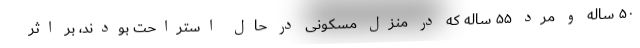
۵۰ ساله و مرد ۵۵ ساله که در منزل مسکونی در حال استراحت بودند، بر اثر